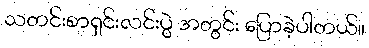
သတင်းစာရှင်းလင်းပွဲ အတွင်း ပြောခဲ့ပါတယ်။